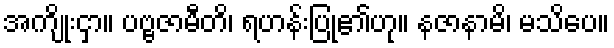
အကျိုးငှာ။ ပဗ္ဗဇာမီတိ၊ ရဟန်းပြု၏ဟု။ နဇာနာမိ၊ မသိပေ။